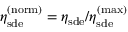
\eta _ { \mathrm { s d e } } ^ { \mathrm { ( n o r m ) } } = \eta _ { \mathrm { s d e } } / \eta _ { \mathrm { s d e } } ^ { \mathrm { ( m a x ) } }